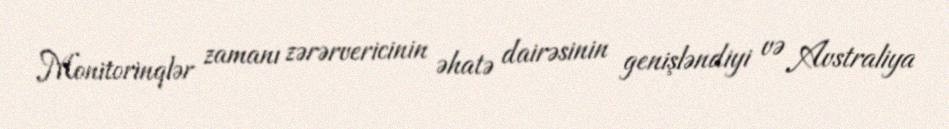
Monitorinqlər zamanı zərərvericinin əhatə dairəsinin genişləndiyi və Avstraliya